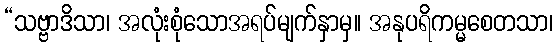
“သဗ္ဗာဒိသာ၊ အလုံးစုံသောအရပ်မျက်နှာမှ။ အနုပရိကမ္မစေတသာ၊